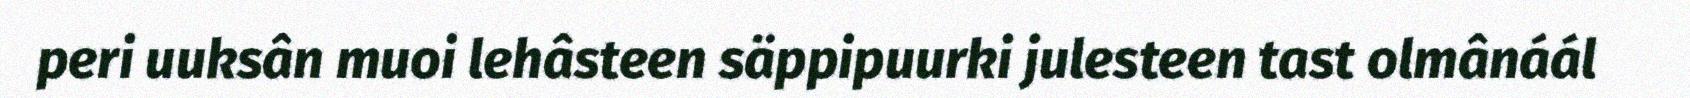
peri uuksân muoi lehâsteen säppipuurki julesteen tast olmânáál